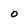
Character: 0